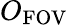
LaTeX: O_{\textrm{FOV}}